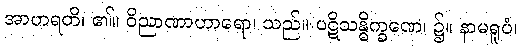
အာဟရတိ၊ ၏။ ဝိညာဏာဟာရော၊ သည်။ ပဋိသန္ဓိက္ခဏေ၊ ၌။ နာမရူပံ၊